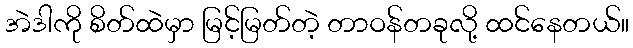
အဲဒါကို စိတ်ထဲမှာ မြင့်မြတ်တဲ့ တာဝန်တခုလို့ ထင်နေတယ်။